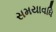
સમયાવધિ